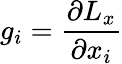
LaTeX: g_{i}=\frac{\partial L_{x}}{\partial x_{i}}